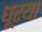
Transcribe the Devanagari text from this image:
धूरया